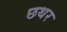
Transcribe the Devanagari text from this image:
छथर